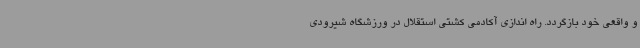
و واقعی خود بازگردد. راه اندازی آکادمی کشتی استقلال در ورزشگاه شیرودی